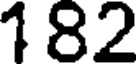
182